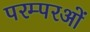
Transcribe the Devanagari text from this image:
परम्परओं